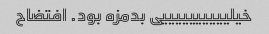
خیلییییییییییی بدمزه بود. افتضاح